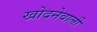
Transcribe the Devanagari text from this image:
खोदनेवाली